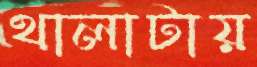
থালাটায়